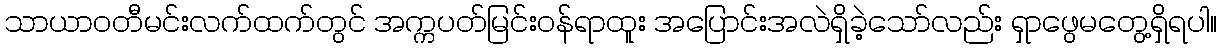
သာယာဝတီမင်းလက်ထက်တွင် အက္ကပတ်မြင်းဝန်ရာထူး အပြောင်းအလဲရှိခဲ့သော်လည်း ရှာဖွေမတွေ့ရှိရပါ။